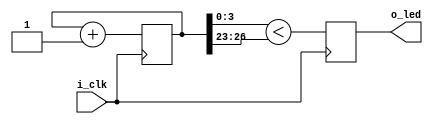
module dimmer(i_clk, o_led);
  input  wire i_clk;
  output wire o_led;

reg [26:0] counter;
always @(posedge i_clk)
  counter <= counter + 1'b1;

always @(posedge i_clk)
  o_led <= (counter[3:0] < counter[26:23]);

endmodule